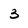
Character: 3